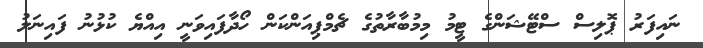
ނައިފަރު ޕޮލިސް ސްޓޭޝަންގެ ޓީމު މިމުބާރާތުގެ ޗެމްޕިއަންކަން ހޯދާފައިވަނީ އިއްޔެ ކުޅުނު ފައިނަލު